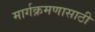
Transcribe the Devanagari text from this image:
मार्गक्रमणासाठी